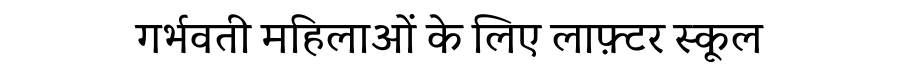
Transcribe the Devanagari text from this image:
गर्भवती महिलाओं के लिए लाफ़्टर स्कूल